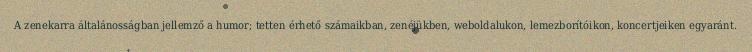
A zenekarra általánosságban jellemző a humor; tetten érhető számaikban, zenéjükben, weboldalukon, lemezborítóikon, koncertjeiken egyaránt.